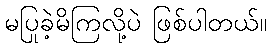
မပြုခဲ့မိကြလို့ပဲ ဖြစ်ပါတယ်။